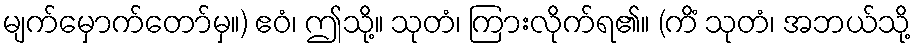
မျက်မှောက်တော်မှ။) ဧဝံ၊ ဤသို့။ သုတံ၊ ကြားလိုက်ရ၏။ (ကိံ သုတံ၊ အဘယ်သို့